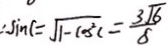
\therefore \sin C = \sqrt { 1 - \cos ^ { 2 } C } = \frac { 3 \sqrt { 6 } } { 8 }